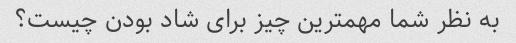
به نظر شما مهمترین چیز برای شاد بودن چیست؟